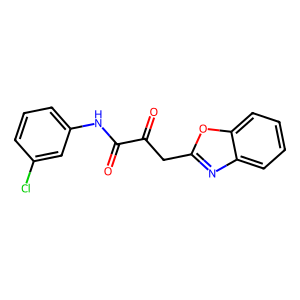
SMILES: O=C(Cc1nc2ccccc2o1)C(=O)Nc1cccc(Cl)c1
Inhibits HIV replication: No